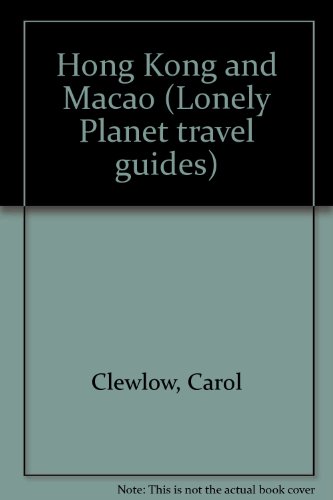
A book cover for Hong Kong and Macao (Lonely Planet travel guides); Carol Clewlow; Travel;